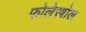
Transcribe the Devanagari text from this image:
फोलेस्त्रोल